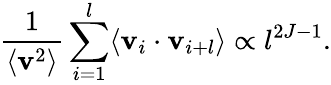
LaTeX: \frac{1}{\langle\mathbf{v}^{2}\rangle}\sum_{i=1}^{l}\langle\mathbf{v}_{i}\cdot\mathbf{v}_{i+l}\rangle\propto l^{2J-1}.